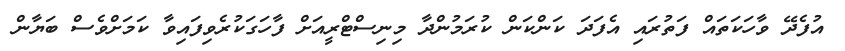
އުފެދޭ ވާހަކަތައް ފަތުރައި އެފަދަ ކަންކަން ކުރަމުންދާ މިނިސްޓްރީއަށް ފާހަގަކުރެވިފައިވާ ކަމަށްވެސް ބަޔާން